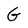
Character: G